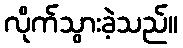
လိုက်သွားခဲ့သည်။